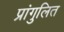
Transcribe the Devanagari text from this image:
प्रांगुलित